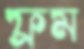
ফ্রম